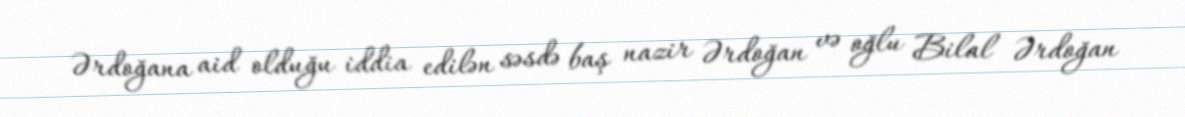
Ərdoğana aid olduğu iddia edilən səsdə baş nazir Ərdoğan və oğlu Bilal Ərdoğan